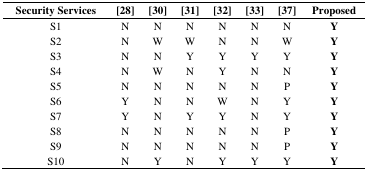
| Security Services | [28] | [30] | [31] | [32] | [33] | [37] | Proposed |
 | --- | --- | --- | --- | --- | --- | --- | --- |
 | S1 | N | N | N | N | N | N | Y |
 | S2 | N | W | W | N | N | W | Y |
 | S3 | N | N | Y | Y | Y | Y | Y |
 | S4 | N | W | N | Y | N | N | Y |
 | S5 | N | N | N | N | N | P | Y |
 | S6 | Y | N | N | W | N | Y | Y |
 | S7 | Y | N | Y | Y | N | Y | Y |
 | S8 | N | N | N | N | N | P | Y |
 | S9 | N | N | N | N | N | P | Y |
 | S10 | N | Y | N | Y | Y | Y | Y |